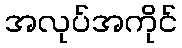
အလုပ်အကိုင်